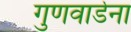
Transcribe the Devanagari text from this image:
गुणवार्डेना